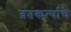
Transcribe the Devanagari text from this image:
व्रतकर्त्याचे